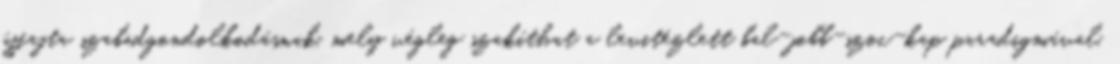
újfajta szabadgondolkodásnak, mely végleg szakíthat a levitézlett bal-jobb-szoc-kap paradigmával.